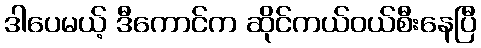
ဒါပေမယ့် ဒီကောင်က ဆိုင်ကယ်ဝယ်စီးနေပြီ